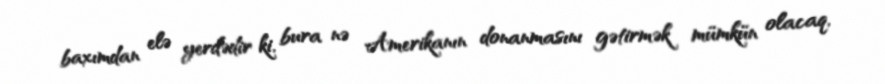
baxımdan elə yerdədir ki, bura nə Amerikanın donanmasını gətirmək mümkün olacaq,